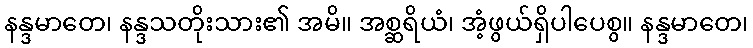
နန္ဒမာတေ၊ နန္ဒသတိုးသား၏ အမိ။ အစ္ဆရိယံ၊ အံ့ဖွယ်ရှိပါပေစွ။ နန္ဒမာတေ၊